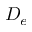
D _ { e }